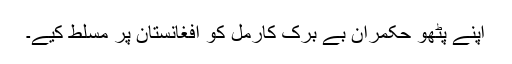
اپنے پٹھو حکمران بے برک کارمل کو افغانستان پر مسلط کیے۔